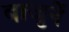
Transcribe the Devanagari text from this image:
बाजुनें